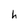
Character: h